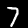
Digit: 7